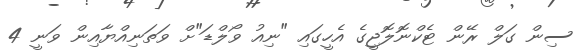
ސިން ގަލް ރޭން ޓެކްނޮލޮޖީގެ އެހީގައި "ނިއު ވޯލްޑަ"ށް ވަތަނިއްޔާއިން ވަނީ 4